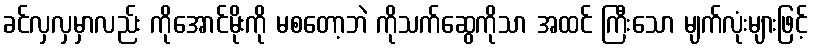
ခင်လှလှမှာလည်း ကိုအောင်မိုးကို မစတော့ဘဲ ကိုသက်ဆွေကိုသာ အထင် ကြီးသော မျက်လုံးများဖြင့်